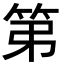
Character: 第